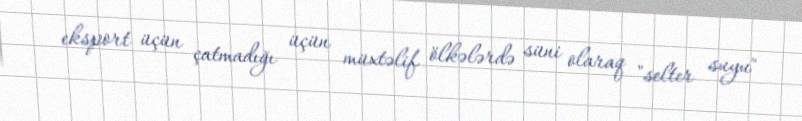
eksport üçün çatmadığı üçün müxtəlif ölkələrdə süni olaraq "selter suyu"